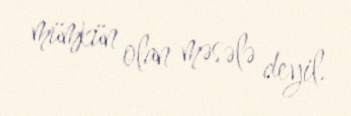
mümkün olan məsələ deyil.